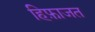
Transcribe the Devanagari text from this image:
हिफ़ाजत